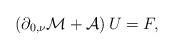
\begin{align*}\left(\partial_{0,\nu}\mathcal{M}+\mathcal{A}\right)U=F,\end{align*}